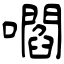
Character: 嚪